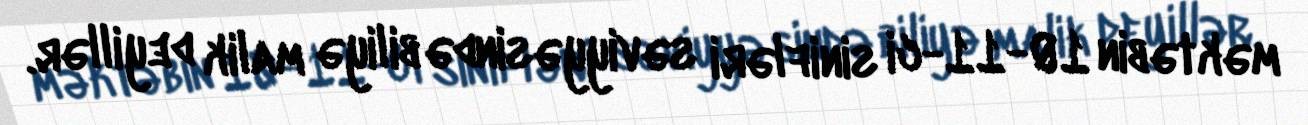
məktəbin 10-11-ci sinifləri səviyyəsində biliyə malik deyillər.